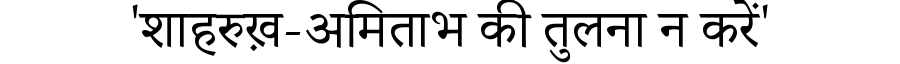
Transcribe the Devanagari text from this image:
'शाहरुख़-अमिताभ की तुलना न करें'